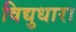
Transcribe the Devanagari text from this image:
विद्युधारा